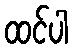
ထင်ပါ